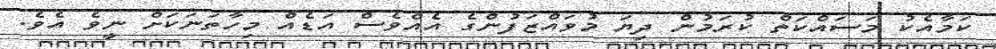
ކަމާއެކު މަސައްކަތް ކުރަމުން ދިޔަ މުވައްޒަފުންގެ އެއްވެސް އަޑެއް މިހާތަނަކަށް ނީވެ އެވެ.